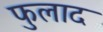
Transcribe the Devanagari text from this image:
फुलाद